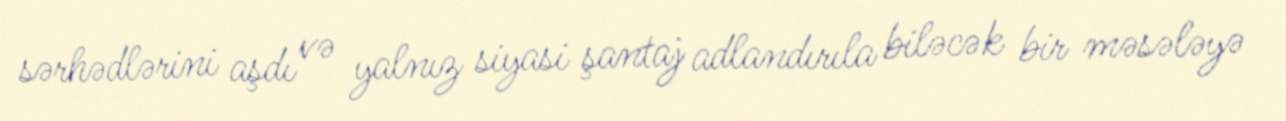
sərhədlərini aşdı və yalnız siyasi şantaj adlandırıla biləcək bir məsələyə